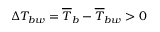
\Delta T _ { b w } = \overline { { T } } _ { b } - \overline { { T } } _ { b w } > 0